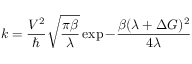
k = \frac { V ^ { 2 } } { \hbar } \sqrt { \frac { \pi \beta } { \lambda } } \exp { - \frac { \beta ( \lambda + \Delta G ) ^ { 2 } } { 4 \lambda } }